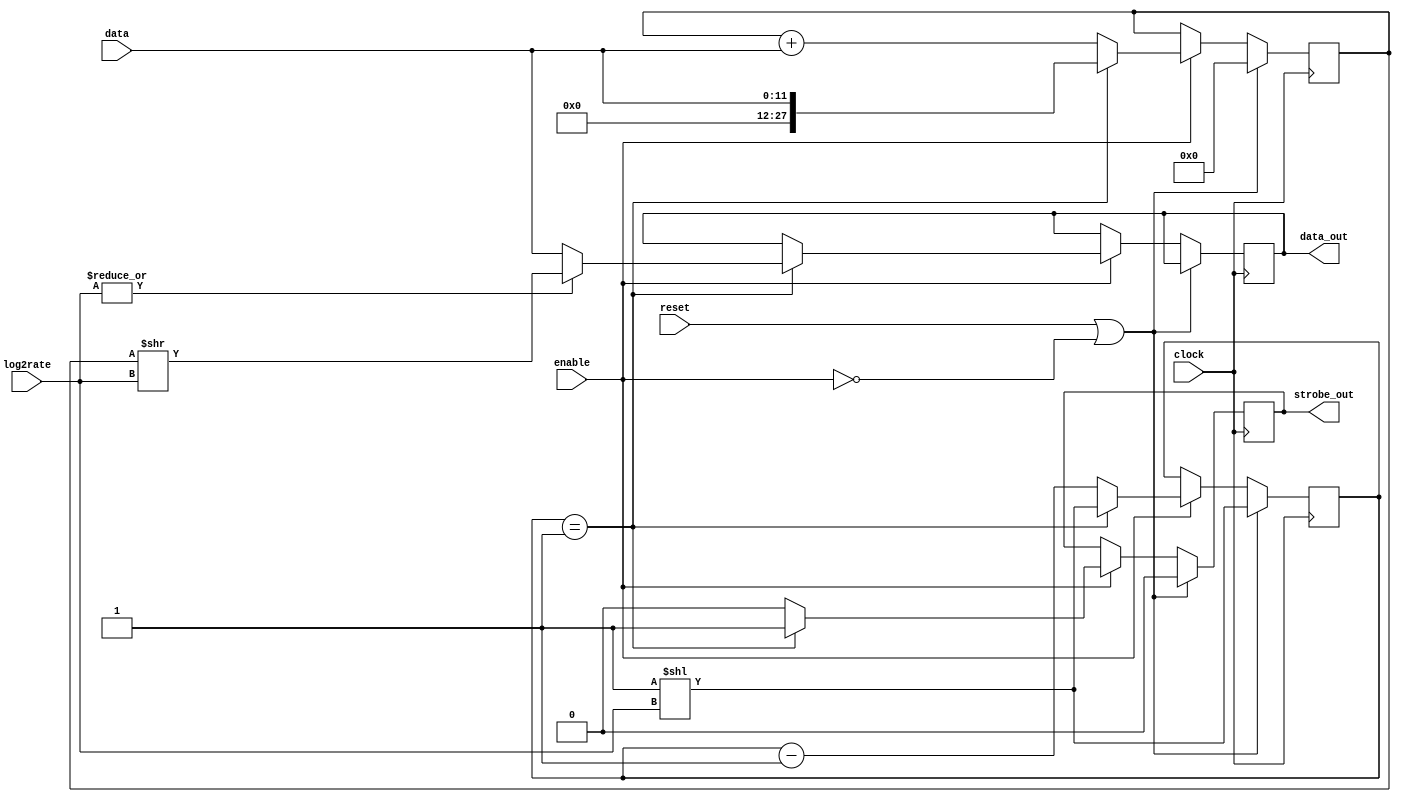
// -*- verilog -*-
//
//  USRP - Universal Software Radio Peripheral
//
//  Copyright (C) 2003 Matt Ettus
//
//  This program is free software; you can redistribute it and/or modify
//  it under the terms of the GNU General Public License as published by
//  the Free Software Foundation; either version 2 of the License, or
//  (at your option) any later version.
//
//  This program is distributed in the hope that it will be useful,
//  but WITHOUT ANY WARRANTY; without even the implied warranty of
//  MERCHANTABILITY or FITNESS FOR A PARTICULAR PURPOSE.  See the
//  GNU General Public License for more details.
//
//  You should have received a copy of the GNU General Public License
//  along with this program; if not, write to the Free Software
//  Foundation, Inc., 51 Franklin Street, Boston, MA  02110-1301  USA
//

module averaging_decim
  (clock,reset,enable,log2rate,data,strobe_out,data_out);
   parameter rate_width = 16;
   parameter data_width = 12;
   
   input clock;
   input reset;
   input enable;
   input [rate_width-1:0] log2rate;
   input [data_width-1:0] data;
   output reg [data_width-1:0] data_out;
   
   output reg  strobe_out;	
   
   reg [rate_width-1:0]   count;
   reg [rate_width+data_width-1:0] sum;

   always @(posedge clock)
     if(reset | ~enable)
       begin
	  count <= #1 1'b1 << log2rate;
	  strobe_out <= #1 1'b0;
	  sum <= #1 0;
       end
     else if (enable)
       if (count == 1'b1)
	 begin
	    data_out <= #1 (|log2rate) ? (sum >> log2rate) : data;
	    count <= #1 1'b1 << log2rate;
	    strobe_out <= #1 1'b1;
	    sum <= #1 data;
	 end
       else
	 begin
	    count <= #1 count - 1'b1;
	    strobe_out <= #1 1'b0;
	    sum <= #1 sum + data;
	 end
   
endmodule // averaging_decim